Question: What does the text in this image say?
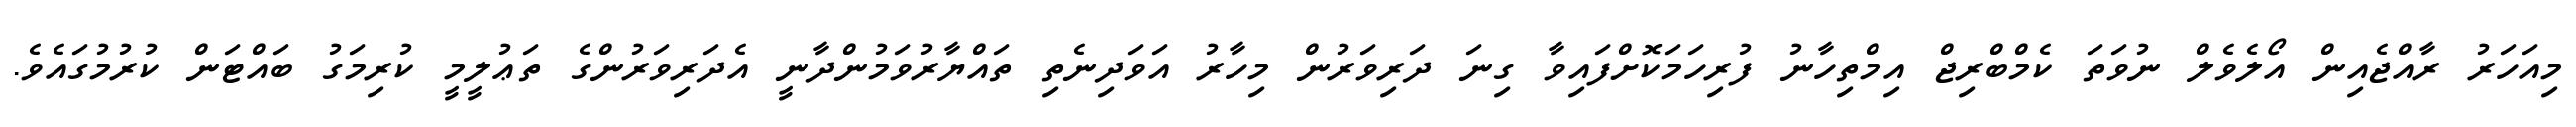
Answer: މިއަހަރު ރާއްޖެއިން އޯލެވެލް ނުވަތަ ކެމްބްރިޖް އިމްތިހާނު ފުރިހަމަކޮށްފައިވާ ގިނަ ދަރިވަރުން މިހާރު އަވަދިނެތި ތައްޔާރުވަމުންދާނީ އެދަރިވަރުންގެ ތަޢުލީމީ ކުރިމަގު ބައްޓަން ކުރުމުގައެވެ.